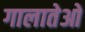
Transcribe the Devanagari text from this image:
गालातेओ